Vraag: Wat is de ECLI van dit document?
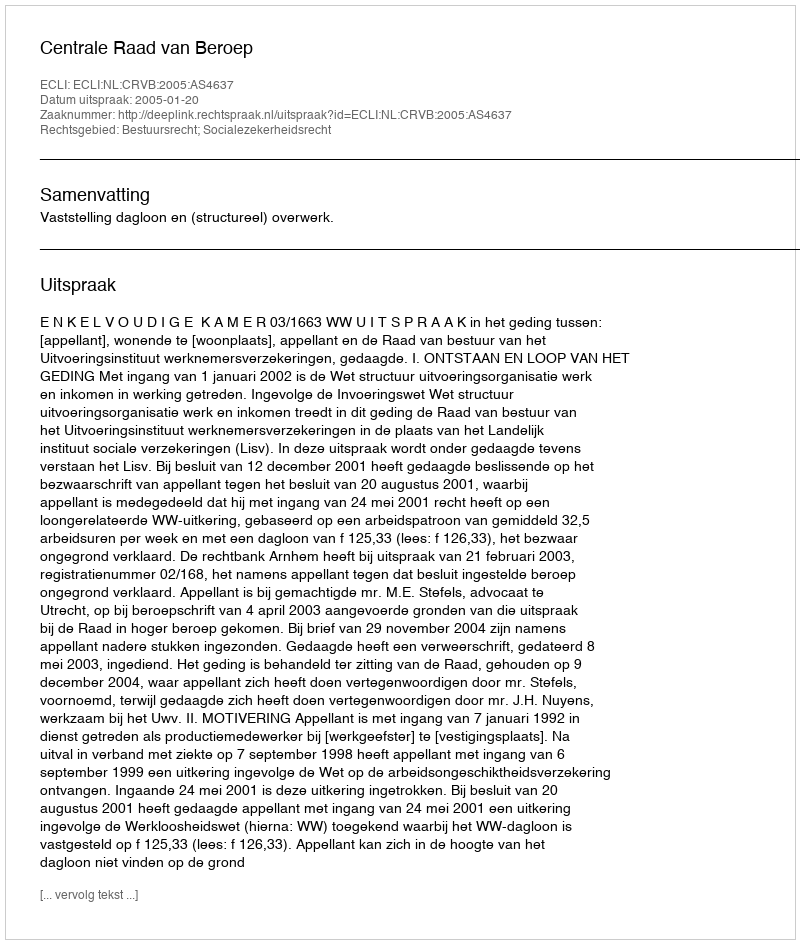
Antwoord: ECLI:NL:CRVB:2005:AS4637